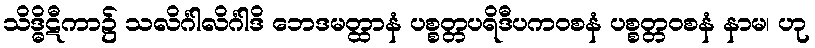
သိဒ္ဓိဋီကာ၌ သလိင်္ဂါလိင်္ဂါဒိ ဘေဒမတ္ထာနံ ပစ္စတ္တပရိဒီပကဝစနံ ပစ္စတ္တဝစနံ နာမ၊ ဟု